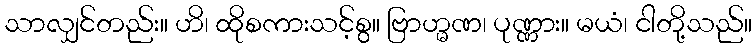
သာလျှင်တည်း။ ဟိ၊ ထိုစကားသင့်စွ။ ဗြာဟ္မဏ၊ ပုဏ္ဏား။ မယံ၊ ငါတို့သည်။